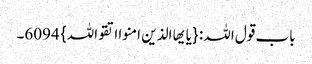
باب قول اللہ: {یایھا الذین امنوا اتقواللہ} 6094۔